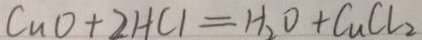
C u O + 2 H C l = H _ { 2 } O + C u C l _ { 2 }